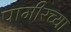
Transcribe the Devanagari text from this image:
पामीरच्या